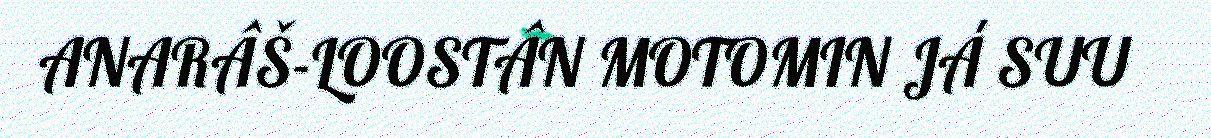
ANARÂŠ-LOOSTÂN MOTOMIN JÁ SUU